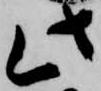
此